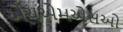
એચએમએસઓ